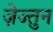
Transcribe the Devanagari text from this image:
ज़ेज्तुन